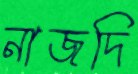
নাজদি